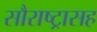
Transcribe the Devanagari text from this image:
सौराष्ट्रासह